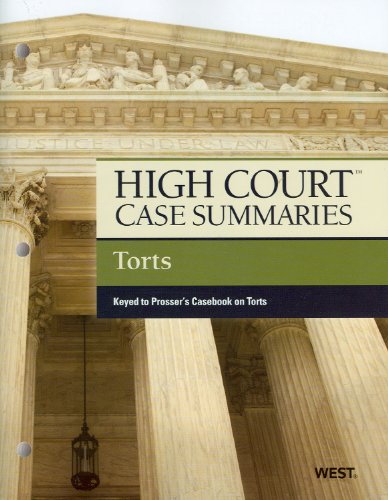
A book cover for High Court Case Summaries on Torts, Keyed to Prosser; West; Law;